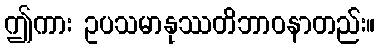
ဤကား ဥပသမာနုဿတိဘာဝနာတည်း။